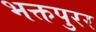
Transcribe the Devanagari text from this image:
भक्तपुरर